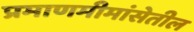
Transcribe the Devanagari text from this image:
प्रमाणमीमांसेतील